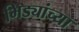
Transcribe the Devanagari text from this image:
भिड्यांच्या